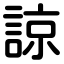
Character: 諒